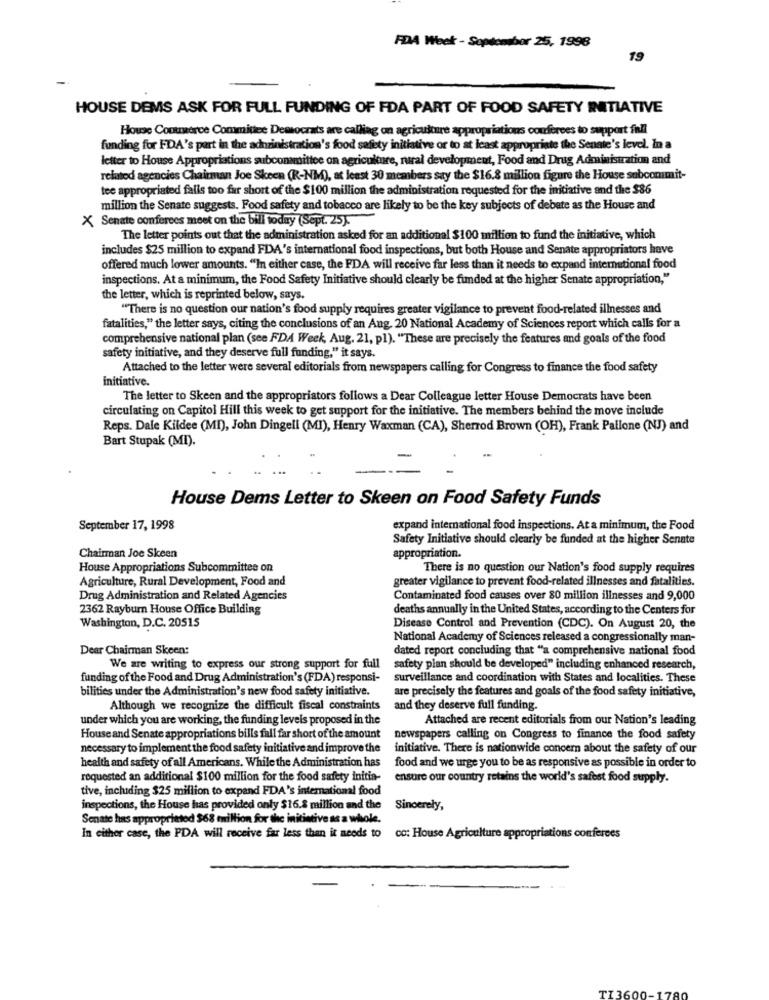
FDA Week - Sopdemsbor 25, 1996
19
HOUSE DEMS ASK FOR FULL FUNDING OF FDA PART OF FOOD SAFETY INITIATIVE
House Cooterce Commitee Democrats are calling on agriculture appropriations couferees to support fall
funding for FDA's part in the adzinistration's food safety initiative or to at least appropriate the Senate's level. In a
letter to House Appropriations subcommittee on agriculture, rural development, Food and Drug Administration and
related agencies Chairman Joe Skeen (R-NM), at least 30 members say the $16.8 million figure the House sabcommit-
tee appropriated falls too far short of the $100 million the administration requested for the initiative and the $86
million the Senate suggests. Food safety and tobacco are likely to be the key subjects of debate as the House and
X Senate conferees meet on the bill today (Sept. 25).
The letter points out that the administration asked for an additional $100 million to fund the initiative, which
includes $25 million to expand FDA's international food inspections, but both House and Senate appropriators have
offered much lower amounts. "In either case, the FDA will receive far less than it needs to expand international food
inspections. At a minimum, the Food Safety Initiative should clearly be funded at the higher Senate appropriation,"
the letter, which is reprinted below, says.
"There is no question our nation's food supply requires greater vigilance to prevent food-related illnesses and
fatalities," the letter says, citing the conclusions of an Aug. 20 National Academy of Sciences report which calls for a
comprehensive national plan (see FDA Week, Aug. 21, pl). "These are precisely the features and goals of the food
safety initiative, and they deserve full funding," it says.
Attached to the letter were several editorials from newspapers calling for Congress to finance the food safety
initiative.
The letter to Skeen and the appropriators follows a Dear Colleague letter House Democrats have been
circulating on Capitol Hill this week to get support for the initiative. The members behind the move include
Reps. Dale Kildee (MI), John Dingell (MI), Henry Waxman (CA), Sherrod Brown (OH), Frank Pallone (NJ) and
Bart Stupak (MI).
House Dems Letter to Skeen on Food Safety Funds
September 17, 1998
expand international food inspections. At a minimum, the Food
Safety Initiative should clearly be funded at the higher Senate
Chairman Joe Skeen
appropriation.
House Appropriations Subcommittee on
There is no question our Nation's food supply requires
Agriculture, Rural Development, Food and
greater vigilance to prevent food-related illnesses and fatalities.
Drug Administration and Related Agencies
Contaminated food causes over 80 million illnesses and 9,000
2362 Rayburn House Office Building
deaths annually in the United States, according to the Centers for
Washington, D.C. 20515
Disease Control and Prevention (CDC). On August 20, the
National Academy of Sciences released a congressionally man-
Dear Chairman Skeen:
dated report concluding that "a comprehensive national food
We are writing to express our strong support for full
safety pian should be developed" including enhanced research,
funding of the Food and Drug Administration's (FDA) responsi-
surveillance and coordination with States and localities. These
bilities under the Administration's new food safety initiative.
are precisely the features and goals of the food safety initiative,
Although we recognize the difficult fiscal constraints
and they deserve full funding.
under which you are working, the funding levels proposed in the
Attached are recent editorials from our Nation's leading
House and Senate appropriations bills fall far short of the amount
newspapers calling on Congress to finance the food safety
necessary to implement the food safety initiative and improve the
initiative. There is nationwide concern about the safety of our
health and safety of all Americans. While the Administration has
food and we urge you to be as responsive as possible in order to
requested an additional $100 million for the food safety initia-
ensure our country retains the world's safest food supply.
tive, including $25 million to expand FDA's international food
inspections, the House has provided only $16.8 million and the
Sincerely,
Senate has appropriated $68 million for the initiative as a whole.
In either case, the PDA will receive far less than it needs to
co: House Agriculture appropriations conferces
TI36